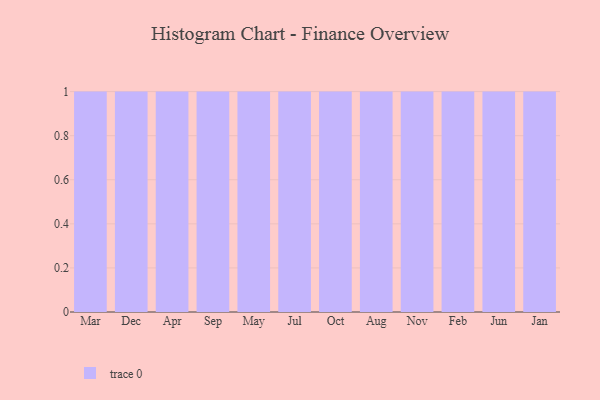
{"axis": {"x": "Month", "y": "Revenue (USD Million)"}, "legend": [""], "data": [{"x": "Mar", "y": 52, "type": ""}, {"x": "Dec", "y": 97, "type": ""}, {"x": "Apr", "y": 34, "type": ""}, {"x": "Sep", "y": 76, "type": ""}, {"x": "May", "y": 29, "type": ""}, {"x": "Jul", "y": 2, "type": ""}, {"x": "Oct", "y": 49, "type": ""}, {"x": "Aug", "y": 6, "type": ""}, {"x": "Nov", "y": 41, "type": ""}, {"x": "Feb", "y": 8, "type": ""}, {"x": "Jun", "y": 50, "type": ""}, {"x": "Jan", "y": 68, "type": ""}]}